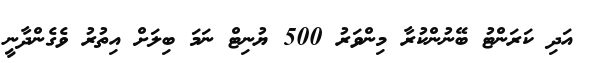
އަދި ކަރަންޓު ބޭނުންކުރާ މިންވަރު 500 ޔުނިޓް ނަމަ ބިލަށް އިތުރު ވެގެންދާނީ